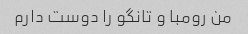
من رومبا و تانگو را دوست دارم